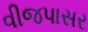
વીજપાસર